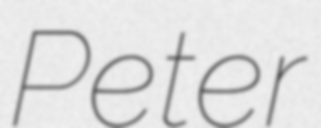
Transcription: Peter